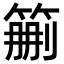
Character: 𥮚